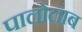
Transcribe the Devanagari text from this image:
पालोलाब